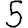
Digit: 5